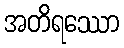
အတိရဿော